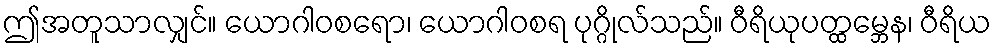
ဤအတူသာလျှင်။ ယောဂါဝစရော၊ ယောဂါဝစရ ပုဂ္ဂိုလ်သည်။ ဝီရိယုပတ္ထမ္ဘေန၊ ဝီရိယ